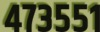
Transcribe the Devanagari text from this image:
४७३५५१